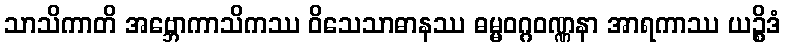
သာသိကာတိ အဗ္ဘောကာသိကဿ ဝိသေသာဓာနဿ ဓမ္မဝဂ္ဂဝဏ္ဏနာ အာရကာဿ ယဉ္စိဒံ